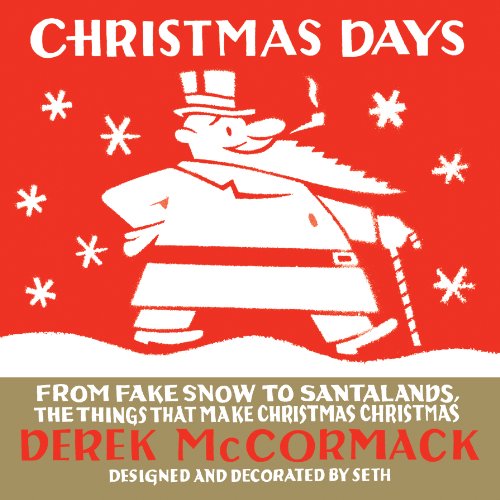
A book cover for Christmas Days: From Fake Snow to Santalands, The Things That Make Christmas Christmas; Derek McCormack; Crafts, Hobbies & Home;